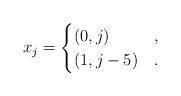
\begin{align*}x_j=\begin{cases}(0,j) & ,\\(1,j-5) & .\end{cases}\end{align*}